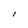
Character: l